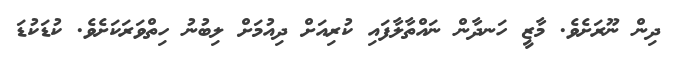
ދިން ނޫރަށެވެ. މާޒީ ހަނދާން ނައްތާލާފައި ކުރިއަށް ދިއުމަށް ލިބުނު ހިތްވަރަކަށެވެ. ކުޑަކުޑަ